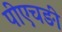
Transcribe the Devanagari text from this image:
पीएचङी